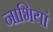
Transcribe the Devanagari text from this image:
नाभियां